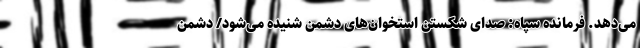
می‌دهد. فرمانده سپاه: صدای شکستن استخوان‌های دشمن شنیده می‌شود/ دشمن